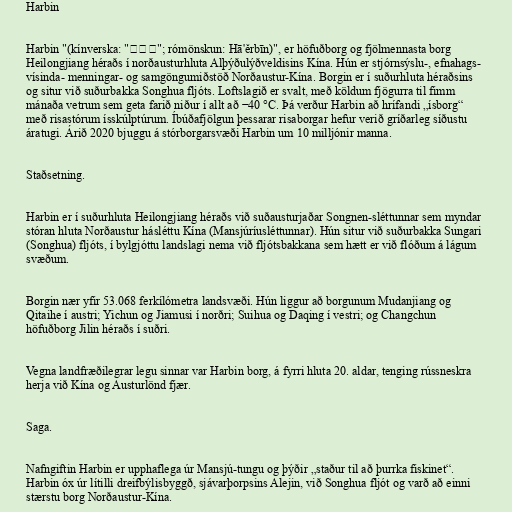
Harbin

Harbin "(kínverska: "哈尔滨"; rómönskun: Hā'ěrbīn)", er höfuðborg og fjölmennasta borg
Heilongjiang héraðs í norðausturhluta Alþýðulýðveldisins Kína. Hún er stjórnsýslu-, efnahags-
vísinda- menningar- og samgöngumiðstöð Norðaustur-Kína. Borgin er í suðurhluta héraðsins
og situr við suðurbakka Songhua fljóts. Loftslagið er svalt, með köldum fjögurra til fimm
mánaða vetrum sem geta farið niður í allt að −40 °C. Þá verður Harbin að hrífandi „ísborg“
með risastórum ísskúlptúrum. Íbúðafjölgun þessarar risaborgar hefur verið gríðarleg síðustu
áratugi. Árið 2020 bjuggu á stórborgarsvæði Harbin um 10 milljónir manna.

Staðsetning.

Harbin er í suðurhluta Heilongjiang héraðs við suðausturjaðar Songnen-sléttunnar sem myndar
stóran hluta Norðaustur hásléttu Kína (Mansjúríusléttunnar). Hún situr við suðurbakka Sungari
(Songhua) fljóts, í bylgjóttu landslagi nema við fljótsbakkana sem hætt er við flóðum á lágum
svæðum.

Borgin nær yfir 53.068 ferkílómetra landsvæði. Hún liggur að borgunum Mudanjiang og
Qitaihe í austri; Yichun og Jiamusi í norðri; Suihua og Daqing í vestri; og Changchun
höfuðborg Jilin héraðs í suðri.

Vegna landfræðilegrar legu sinnar var Harbin borg, á fyrri hluta 20. aldar, tenging rússneskra
herja við Kína og Austurlönd fjær.

Saga.

Nafngiftin Harbin er upphaflega úr Mansjú-tungu og þýðir „staður til að þurrka fiskinet“.
Harbin óx úr lítilli dreifbýlisbyggð, sjávarþorpsins Alejin, við Songhua fljót og varð að einni
stærstu borg Norðaustur-Kína.